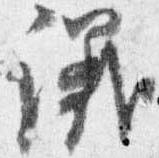
議